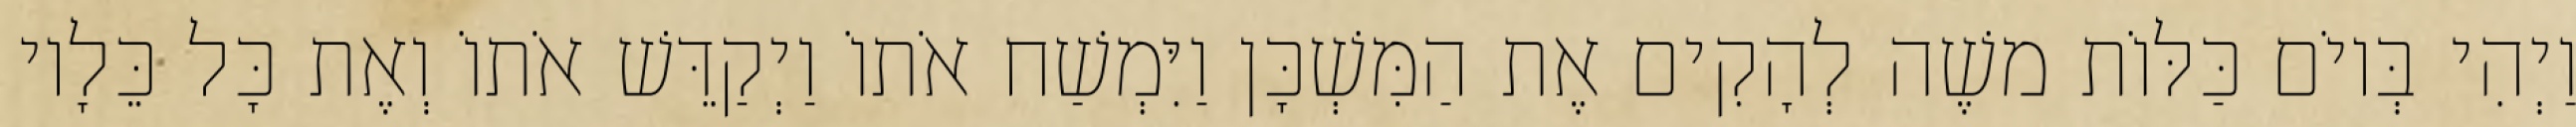
וַיְהִי בְּיוֹם כַּלּוֹת משֶׁה לְהָקִים אֶת הַמִּשְׁכָּן וַיִּמְשַׁח אֹתוֹ וַיְקַדֵּשׁ אֹתוֹ וְאֶת כָּל כֵּלָיו